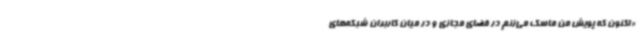
«اکنون که پویش من ماسک می‌زنم در فضای مجازی و در میان کاربران شبکه‌های